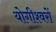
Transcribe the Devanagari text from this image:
योगीश्वरों